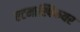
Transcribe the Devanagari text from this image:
एटमास्पिफयर